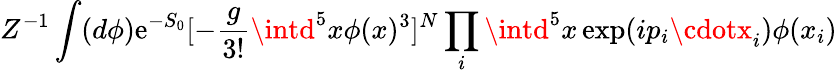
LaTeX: Z^{-1}\int(d\phi)\mathrm{e}^{-S_{0}}[-\frac{{g}}{{3!}}\intd^{5}x\phi(x)^{3}]^{N}\prod_{i}\intd^{5}x\exp(ip_{i}\cdotx_{i})\phi(x_{i})